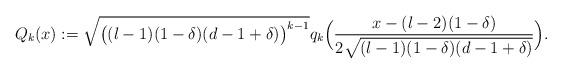
LaTeX: \begin{align*}Q_k(x):=\sqrt{\big((l-1)(1-\delta)(d-1+\delta)\big)^{k-1}}q_k\Big(\frac{x-(l-2)(1-\delta)}{2\sqrt{(l-1)(1-\delta)(d-1+\delta)}}\Big).\end{align*}